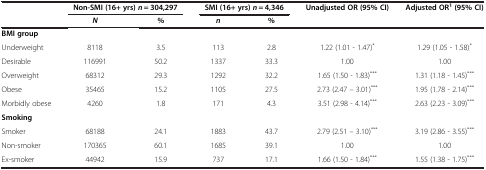
|  | <COLSPAN=2> Non-SMI (16+ yrs) n = 304,297 | <COLSPAN=2> SMI (16+ yrs) n = 4,346 | Unadjusted OR (95% CI) | Adjusted OR1 (95% CI) |
 |  | N | % | n | % |  |  |
 | --- | --- | --- | --- | --- | --- | --- |
 | BMI group |  |  |  |  |  |  |
 | Underweight | 8118 | 3.5 | 113 | 2.8 | 1.22 (1.01 - 1.47)* | 1.29 (1.05 - 1.58)* |
 | Desirable | 116991 | 50.2 | 1337 | 33.3 | 1.00 | 1.00 |
 | Overweight | 68312 | 29.3 | 1292 | 32.2 | 1.65 (1.50 - 1.83)*** | 1.31 (1.18 - 1.45)*** |
 | Obese | 35465 | 15.2 | 1105 | 27.5 | 2.73 (2.47 – 3.01)*** | 1.95 (1.78 - 2.14)*** |
 | Morbidly obese | 4260 | 1.8 | 171 | 4.3 | 3.51 (2.98 - 4.14)*** | 2.63 (2.23 - 3.09)*** |
 | Smoking |  |  |  |  |  |  |
 | Smoker | 68188 | 24.1 | 1883 | 43.7 | 2.79 (2.51 – 3.10)*** | 3.19 (2.86 - 3.55)*** |
 | Non-smoker | 170365 | 60.1 | 1685 | 39.1 | 1.00 | 1.00 |
 | Ex-smoker | 44942 | 15.9 | 737 | 17.1 | 1.66 (1.50 - 1.84)*** | 1.55 (1.38 - 1.75)*** |